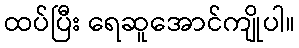
ထပ်ပြီး ရေဆူအောင်ကျိုပါ။